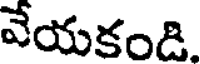
వేయకండి.